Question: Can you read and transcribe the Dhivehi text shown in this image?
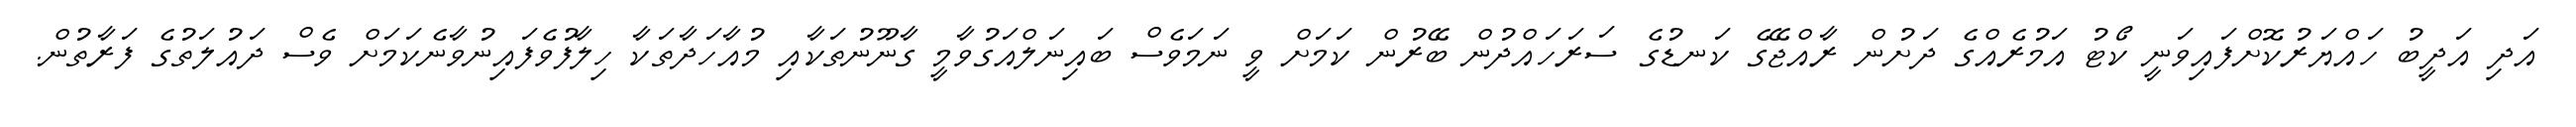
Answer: އަދި އަދީބު ހައްޔަރުކޮށްފައިވަނީ ކޯޓު އަމުރެއްގެ ދަށުން ރާއްޖޭގެ ކަނޑުގެ ސަރަހައްދުން ބޭރުން ކަމަށް ވީ ނަމަވެސް ބައިނަލްއަގުވާމީ ގާނޫނުތަކާއި މުއާހަދާތަކާ ހިލާފުވެފައިނުވާނެކަމަށް ވެސް ދައުލަތުގެ ފަރާތުން.